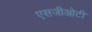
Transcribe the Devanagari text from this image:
एसजीओटी